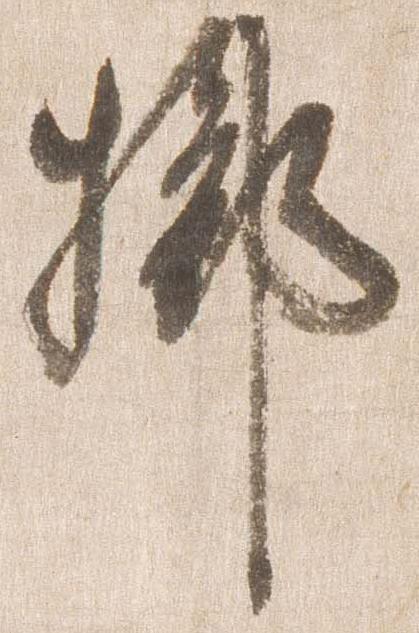
擲